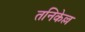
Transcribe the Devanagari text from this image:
तनिकेल्ल